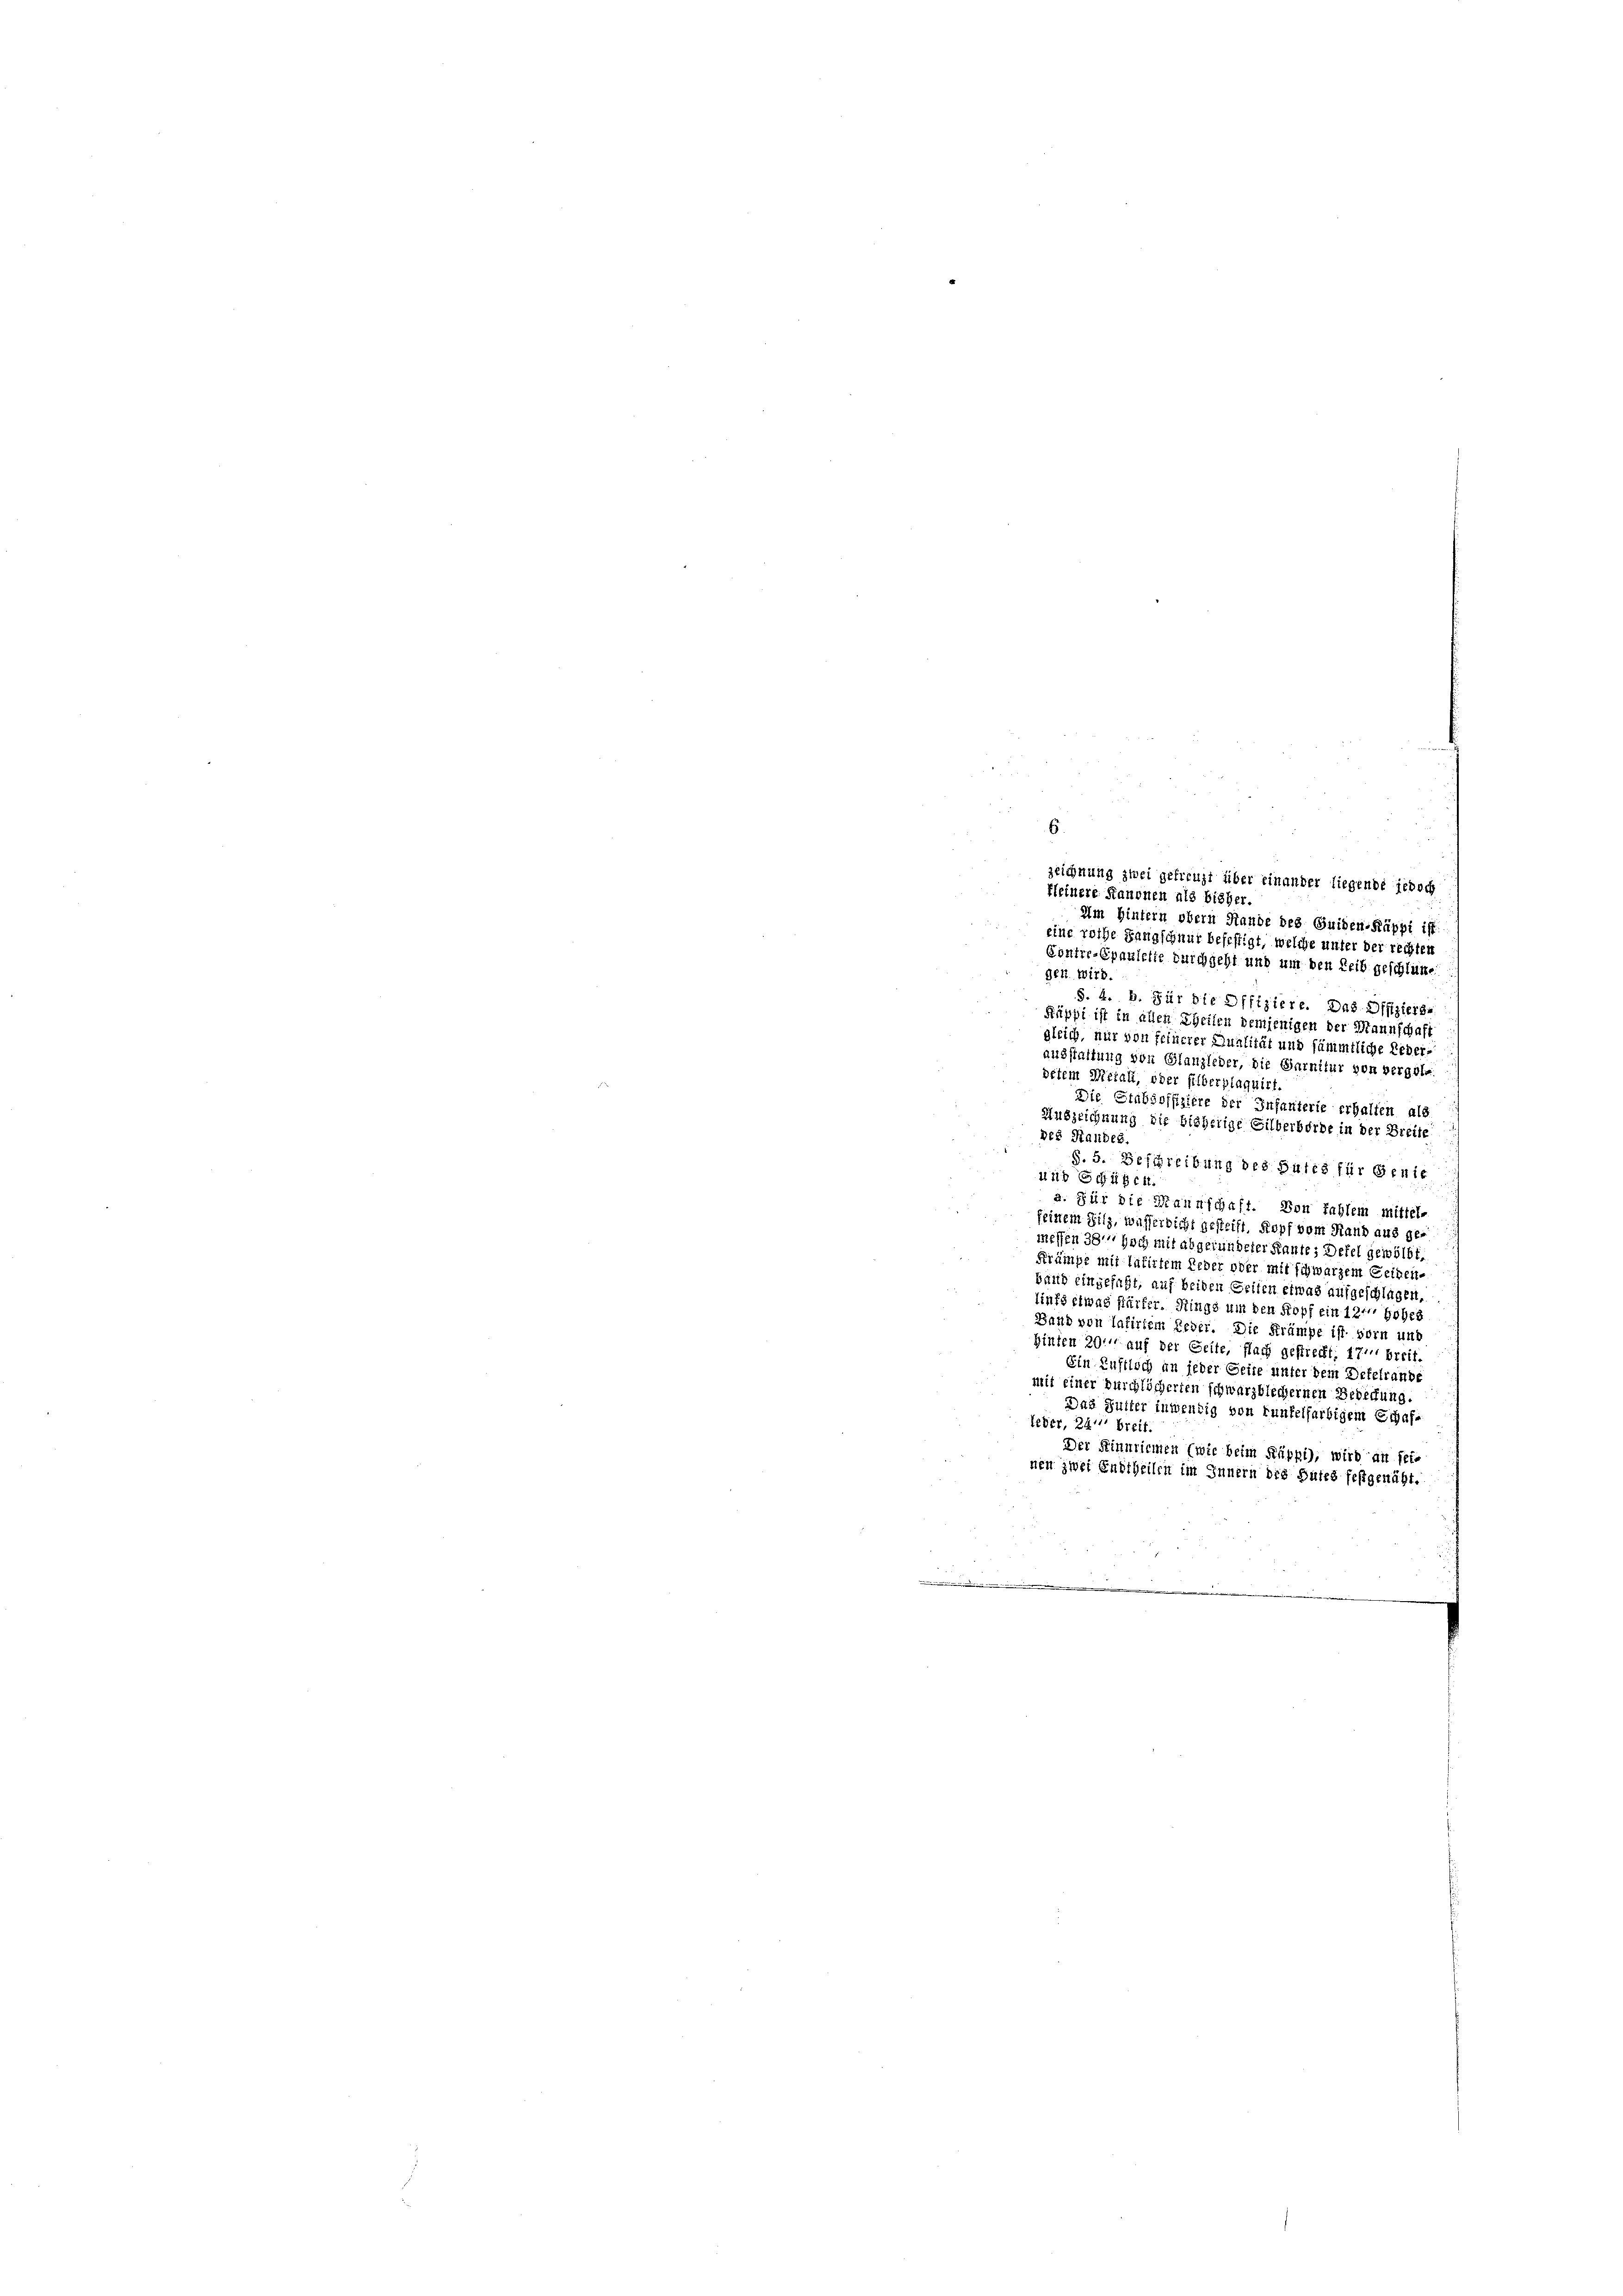
zeichnung zwei gefreuzt über einander liegende jedoch
kleinere Kanonen als bisher.
Im Hintern obern Stande des Guiden-Räppi ist
eine rothe Langschnur befestigt, welche unter der rechten
Contre-Epaulette durchgeht und um den Leib geschlüne
gen wird.
S. 4. B. Für die Offiziere. Das Offizierge
Käppi ist in allen Theilen demjenigen der Mannschaft
gleich, nur von feinerer Qualität und sämmtliche Leber-
ausstaltung von Glanzleder, die Garnitur von vergele
ditem Metall, oder silberplaquirt
Die Stabsoffiziere der Infanterie erhalten als
Auszeichnung die bisherige Eilberborde in der Breite
des Standes.
§. 5. Beschreibung des Gutes für Genie
uid schüßen.
a. Für die Mannschaft. Von fahlem mittel-
feinem Silz, wasserricht gesteift. Kopf vom Hand aus ge-
messen 38, hoch mit abgefundeter Kante; Defel gewölbt,
Krämpe mit lafirtem Leder oder mit schwarzem Geidenband eingefaßt, auf beiden Seiten etwas aufgeschlagen,
lints etwas stärker. Rings um den Kopf ein 12 hohes
Band von Tafirtem Leder. Die Krämpe ist vorn und
Hinten 20. auf der Seite, flach gestreckt. 1711 breif.
Ein Luftloch an jeder Geise unter dem Defelraube
mit einer durchlöcherten schwarzblechernen Berechung
Das Gutter inwendig von Funkelfarbigem Echafleder, 24. breit.
Der Einmiemen (wie beim Puppi), wird an sei
nen zwei Endtheilen im Innern des Gutes festgenäht.
.

6.